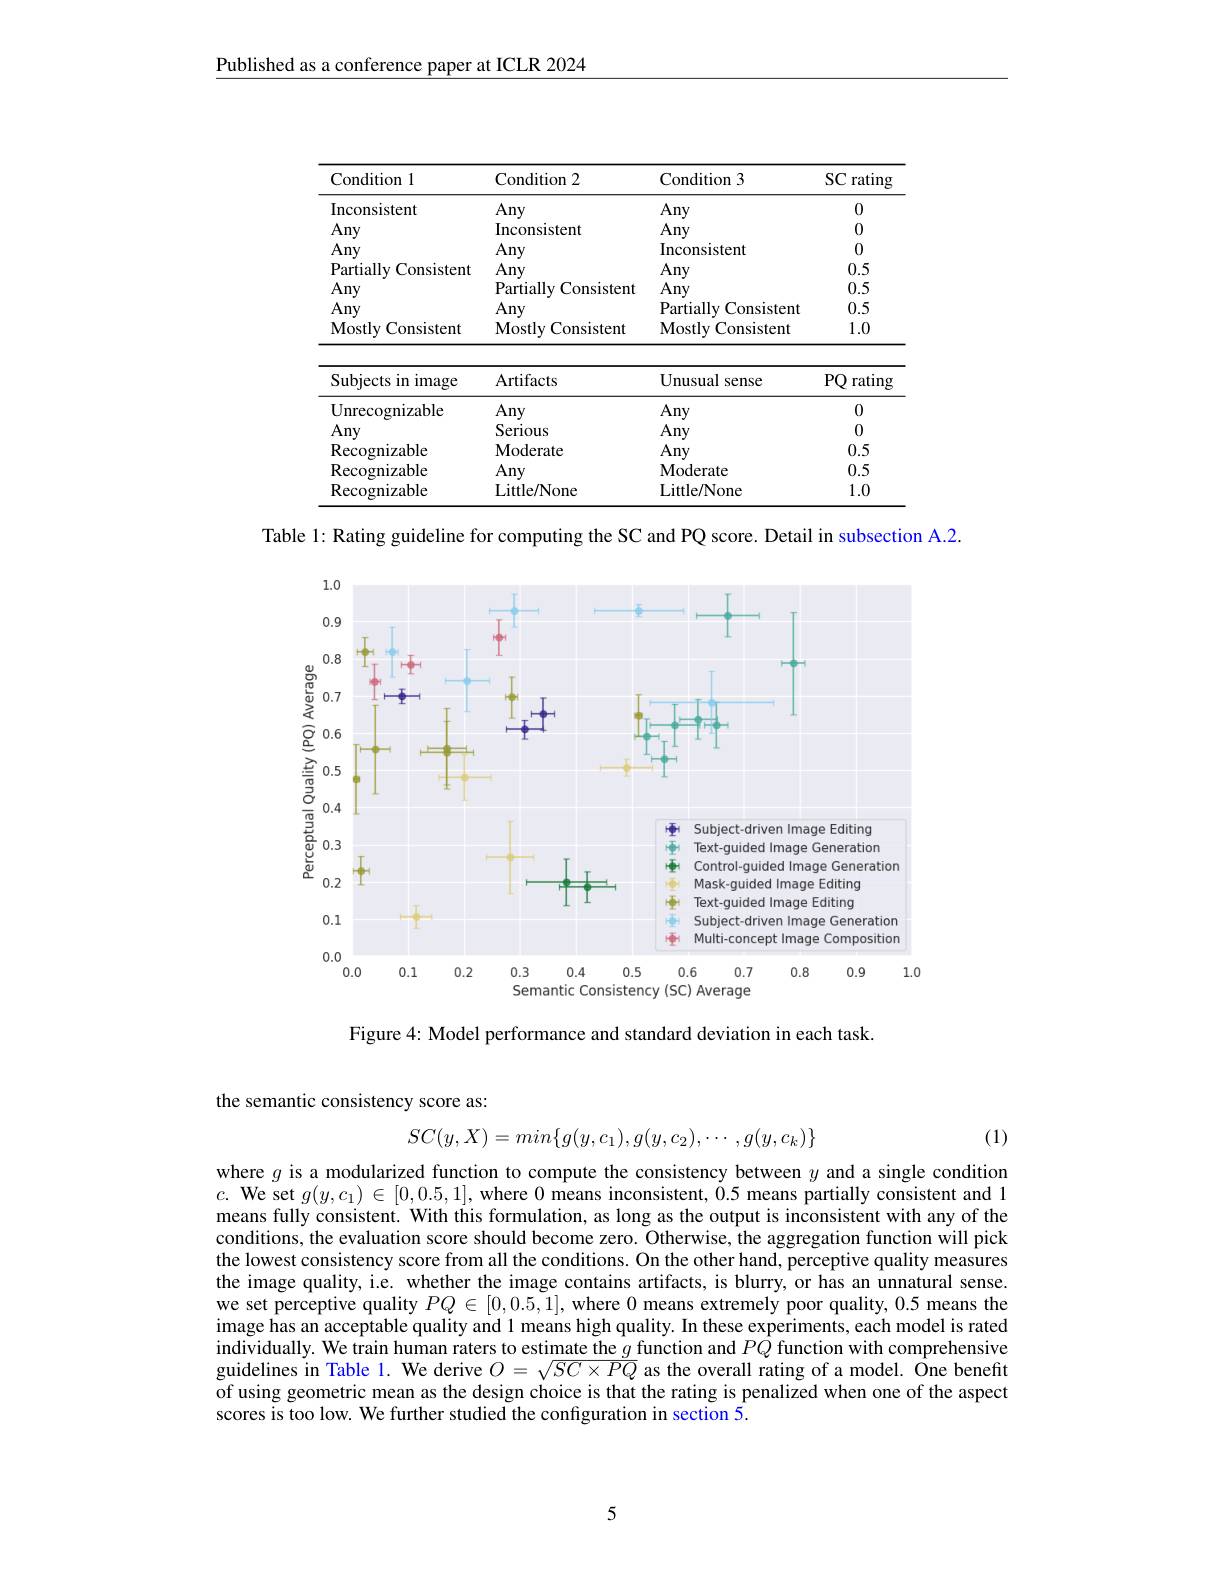
Published as a conference paper at ICLR 2024

<table>
	<tbody>
		<tr>
			<th>Condition l</th>
			<th>Condition 2</th>
			<th>Condition 3</th>
			<th>rating $SC$</th>
		</tr>
		<tr>
			<td>Inconsistent</td>
			<td>Any</td>
			<td>Any</td>
			<td>0</td>
		</tr>
		<tr>
			<td>Any</td>
			<td>Inconsistent</td>
			<td>Any</td>
			<td>0</td>
		</tr>
		<tr>
			<td>Any</td>
			<td>Any</td>
			<td>Inconsistent</td>
			<td>0</td>
		</tr>
		<tr>
			<td>Partiallv $\nu$ Consistent</td>
			<td>Any</td>
			<td>Any</td>
			<td>0.5</td>
		</tr>
		<tr>
			<td>Any</td>
			<td>Partially Consistent</td>
			<td>Any</td>
			<td>0.5</td>
		</tr>
		<tr>
			<td>Any</td>
			<td>Any</td>
			<td>Partially Consistent</td>
			<td>0.5</td>
		</tr>
		<tr>
			<td>Mostly Consistent</td>
			<td>${\mathbf{MostlyConsistent}}$</td>
			<td>${\mathrm{Mostly~Consistent}}$</td>
			<td>1.0</td>
		</tr>
		<tr>
			<td>Subjects in image</td>
			<td>Artifacts</td>
			<td>Unusual sense</td>
			<td>$PQ$ rating</td>
		</tr>
		<tr>
			<td>Unrecognizable</td>
			<td>Any</td>
			<td>Any</td>
			<td>0</td>
		</tr>
		<tr>
			<td>Any</td>
			<td>Serious</td>
			<td>Any</td>
			<td>0</td>
		</tr>
		<tr>
			<td>Recognizable</td>
			<td>Moderate</td>
			<td>Any</td>
			<td>0.5</td>
		</tr>
		<tr>
			<td>Recognizable</td>
			<td>Any</td>
			<td>Moderate</td>
			<td>0.5</td>
		</tr>
		<tr>
			<td>Recognizable</td>
			<td>Little/ None</td>
			<td>Little/ None</td>
			<td>1.0</td>
		</tr>
	</tbody>
</table>

Table 1: Rating guideline for computing the SC and PQ score. Detail in subsection A.2.

<FigureHere>
Semantic Consistency (SC) Average

Figure 4: Model performance and standard deviation in each task.

the semantic consistency score as:
$$SC(y,X)=min\{g(y,c_1),g(y,c_2),\cdots,g(y,c_k)\}$$
(1)

where $g$ is a modularized function to compute the consistency between $y$ and a single condition $c.$ We set $g(y,c_1)\in[0,0.5,1]$, where 0 means inconsistent, $\dot{0}.5$ means partially consistent and 1 means fully consistent. With this formulation, as long as the output is inconsistent with any of the conditions, the evaluation score should become zero. Otherwise, the aggregation function will pick the lowest consistency score from all the conditions. On the other hand, perceptive quality measures the image quality, i.e. whether the image contains artifacts, is blurry, or has an unnatural sense. we set perceptive quality $PQ\in[0,0.5,1]$, where 0 means extremely poor quality, 0.5 means the image has an acceptable quality and l means high quality. In these experiments, each model is rated individually. We train human raters to estimate the $g$ function and $PQ$ function with comprehensive guidelines in Table l. We derive $O=\sqrt{SC\times PQ}$ as the overall rating of a model. Ône benefit of using geometric mean as the design choice is that the rating is penalized when one of the aspect scores is too low. We further studied the configuration in section 5.

5